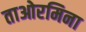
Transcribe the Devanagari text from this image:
ताओरमिना